Sanitation, dispensaries and jails vaccination Rajputana 1922-1927 - 1922-1927
Year: 1922
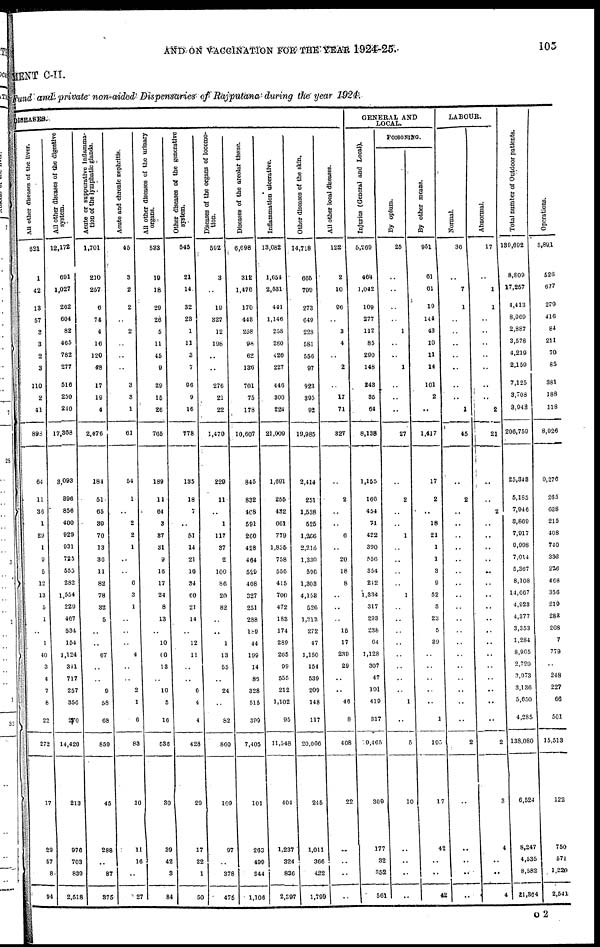
AND ON VACCINATION FOR THE YEAR 1924-25.
105
MENT C-II.
Fund and private non-aided Dispensaries of Rajputana during the year 1924.
DISEASES.
All other diseases of the liver.
621
1
42
13
57
3
3
2
3
110
2
41
898
64
11
36
1
29
1
9
5
12
13
5
1
..
1
40
3
4
7
8
22
272
17
29
57
8
94
All other diseases of the digestive
system.
12,172
691
1,027
262
604
82
465
782
277
516
250
240
17,368
3,093
396
856
400
929
931
725
555
282
1,554
229
467
534
154
1,124
341
717
257
356
270
14,420
213
976
703
839
2,518
Acute or suppurative inflamma-
tion of the lymphatic glands.
1,701
210
257
6
74
4
16
120
48
17
19
4
2,476
184
51
65
30
70
13
30
11
82
78
32
5
..
..
67
..
..
9
58
68
859
45
288
..
87
375
Acute and chronic nephritis.
45
3
2
2
..
2
..
..
..
3
3
1
61
54
1
..
2
2
1
..
..
6
3
1
..
..
..
4
..
..
2
1
6
83
10
11
16
..
27
All other diseases of the urinary
organs.
533
19
18
29
26
5
11
45
9
29
15
26
765
189
11
64
3
87
31
9
16
17
24
8
13
..
10
60
13
..
10
5
16
536
30
39
42
3
84
Other diseases of the generative
system.
545
21
14
32
23
1
11
3
7
96
9
16
778
135
18
7
..
51
14
21
10
34
60
21
14
..
12
11
..
..
6
4
4
428
29
17
32
1
50
Diseases of the organs of locomo-
tion.
592
3
..
19
327
12
198
..
..
276
21
22
1,470
228
11
..
1
117
37
2
100
86
20
82
..
..
1
13
55
..
24
..
82
860
109
97
..
378
475
Diseases of the areolar tissue.
6,698
312
1,476
170
448
258
98
62
136
701
75
178
10,607
845
832
408
591
260
428
464
529
408
327
251
288
189
44
199
14
86
328
515
399
7,405
101
263
499
344
1,106
Inflammation ulcerative.
13,082
1,654
2,531
441
1,146
258
280
420
227
446
300
224
21,009
1,691
255
432
661
779
1,855
758
556
415
700
472
183
174
289
265
99
555
212
1,102
95
11,548
404
1,237
324
836
2,397
Other diseases of the skin.
14,718
665
799
273
649
228
581
556
97
923
395
92
19,985
2,414
251
1,538
525
1,266
2,216
1,330
596
1,303
4,153
526
1,313
272
47
1,150
154
539
209
148
117
20,006
245
1,011
366
422
1,799
All other local diseases.
122
2
10
90
..
3
4
..
2
..
17
71
327
..
2
..
..
6
..
20
18
8
..
..
..
15
17
239
29
..
..
46
8
408
22
..
..
..
..
GENERAL AND
LOCAL.
Injuries (General and Local).
5,269
461
1,042
109
277
112
85
290
148
243
35
64
8,138
1,155
166
454
71
422
390
550
354
212
1,334
317
293
238
64
1,128
307
47
191
419
317
9,465
309
177
32
352
561
POISONING.
By opium.
25
..
..
..
..
1
..
..
1
..
..
..
27
..
2
..
..
1
..
..
..
..
1
..
..
..
..
..
..
..
..
1
..
5
10
..
..
..
..
By other means.
951
61
61
19
144
43
10
11
14
101
2
..
1,417
17
2
..
18
21
1
1
3
9
52
3
23
5
39
..
..
..
..
..
1
195
17
42
..
..
42
LABOUR.
Normal.
36
..
7
1
..
..
..
..
..
..
..
1
45
..
2
..
..
..
..
..
..
..
..
..
..
..
..
..
..
..
..
..
..
2
..
..
..
..
..
Abnormal.
17
..
1
1
..
..
..
..
..
..
..
2
21
..
..
2
..
..
..
..
..
..
..
..
..
..
..
..
..
..
..
..
..
2
3
4
..
..
4
Total number of Outdoor patients.
139, 692
8,809
17,257
4,413
8,969
2,887
3,578
4,219
2,159
7,125
3,708
3,943
206,759
25,343
5,185
7,946
3,869
7,917
9,998
7,014
5,367
8,108
14,667
4,923
4,377
3,353
1,284
8,965
2,720
3,973
3,136
5,650
4,285
138,080
6,524
8,247
4,535
8,582
21,364
Operations.
5,891
526
677
279
416
84
211
70
85
381
188
118
8,926
9,276
265
638
215
408
740
333
276
468
356
219
283
208
7
779
..
248
227
66
501
15,513
122
750
571
1,220
2,541
O2